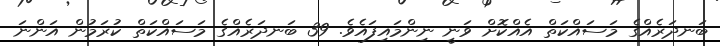
ބަނދަރެއްގެ މަސައްކަތް އެއްކޮށް ވަނީ ނިންމައިފައެވެ. 39 ބަނދަރެއްގެ މަސައްކަތް ކުރަމުން އަންނަ